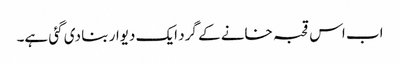
اب اس قحبہ خانے کے گرد ایک دیوار بنا دی گئی ہے۔